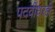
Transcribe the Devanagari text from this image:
पदवीधरही